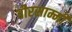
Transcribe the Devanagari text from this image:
वीरसाम्मी